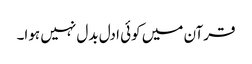
قرآن میں کوئی ادل بدل نہیں ہوا۔